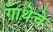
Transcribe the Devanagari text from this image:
गाथेचे